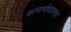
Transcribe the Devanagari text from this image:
कानाभोवतालचा